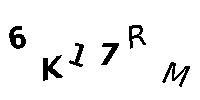
6K17RM